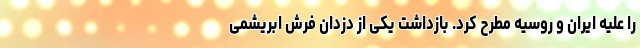
را علیه ایران و روسیه مطرح کرد. بازداشت یکی از دزدان فرش ابریشمی